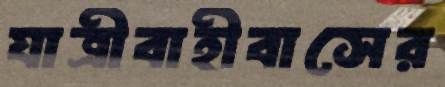
যাত্রীবাহীবাসের